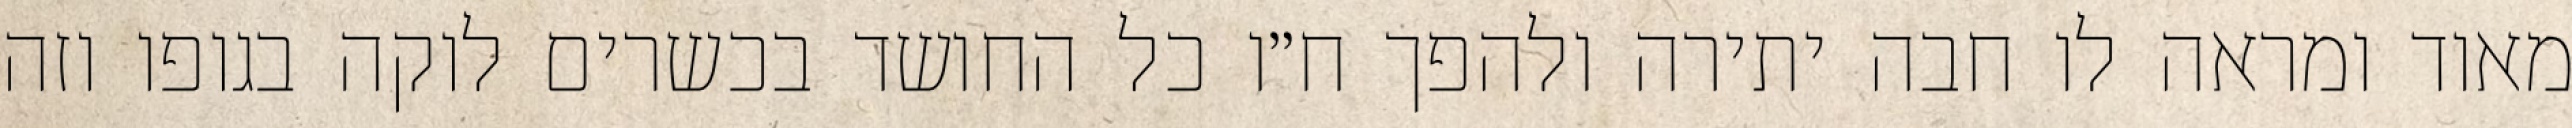
מאוד ומראה לו חבה יתירה ולהפך ח״ו כל החושד בכשרים לוקה בגופו וזה